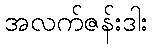
အလက်ဇန်းဒါး